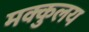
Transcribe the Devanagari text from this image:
मक्कुलय